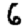
Digit: 6